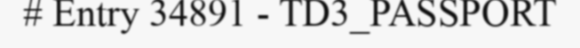
# Entry 34891 - TD3_PASSPORT